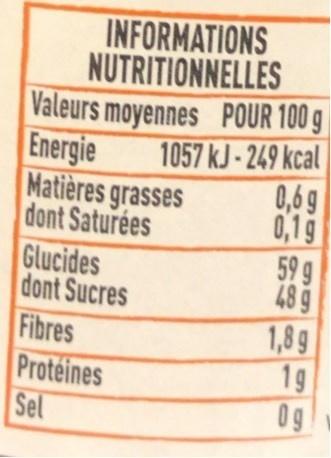
INFORMATIONS NUTRITIONNELLES Valeurs moyennes POUR 100 g Energie Matières grasses dont Saturées Glucides dont Sucres Fibres Proteines Sel
1057 kJ - 249 kcal 0,6 9 0,1g 59 g 48 9
1,8 g 1g 0g
10